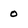
Character: 0